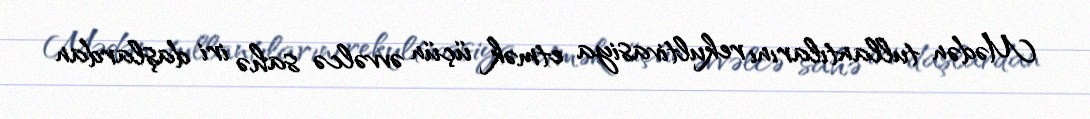
Mədən tullantılarını rekultivasiya etmək üçün əvvəlcə sahə iri daşlardan